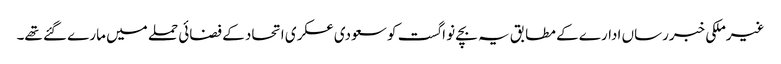
غیرملکی خبررساں ادارے کے مطابق یہ بچے نو اگست کو سعودی عسکری اتحاد کے فضائی حملے میں مارے گئے تھے۔